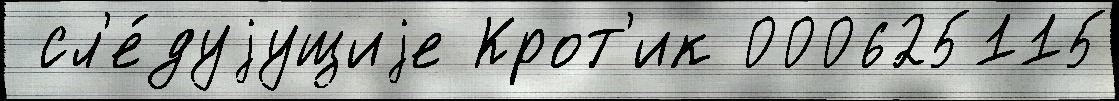
 сл'е́дуjущиjе Крот'ик 000625115